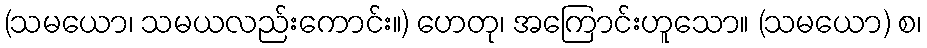
(သမယော၊ သမယလည်းကောင်း။) ဟေတု၊ အကြောင်းဟူသော။ (သမယော) စ၊